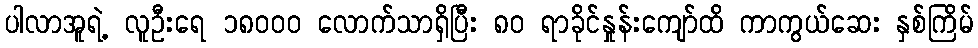
ပါလာအူရဲ့ လူဦးရေ ၁၈၀၀၀ လောက်သာရှိပြီး ၈၀ ရာခိုင်နှုန်းကျော်ထိ ကာကွယ်ဆေး နှစ်ကြိမ်